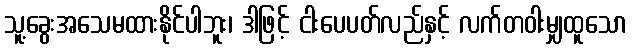
သူ့ခွေးအသေမထားနိုင်ပါဘူး၊ ဒါဖြင့် ငါးပေပတ်လည်နှင့် လက်တဝါးမျှထူသော